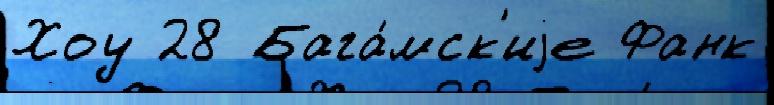
Хоу 28 Бага́мск'иjе Фанк